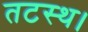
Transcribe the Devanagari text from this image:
तटस्थ।